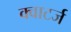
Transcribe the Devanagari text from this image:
क्वाटर्ज